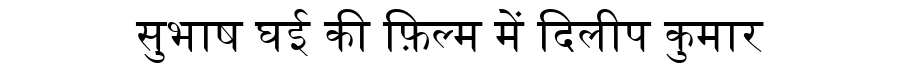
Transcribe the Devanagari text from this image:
सुभाष घई की फ़िल्म में दिलीप कुमार